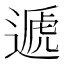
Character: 遞